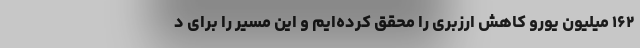
۱۶۲ میلیون یورو کاهش ارزبری را محقق کرده‌ایم و این مسیر را برای د